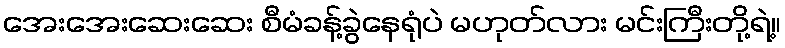
အေးအေးဆေးဆေး စီမံခန့်ခွဲနေရုံပဲ မဟုတ်လား မင်းကြီးတို့ရဲ့။